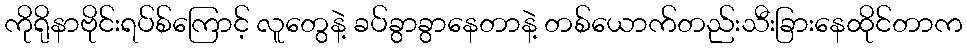
ကိုရိုနာဗိုင်းရပ်စ်ကြောင့် လူတွေနဲ့ ခပ်ခွာခွာနေတာနဲ့ တစ်ယောက်တည်းသီးခြားနေထိုင်တာက